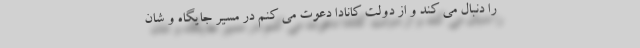
را دنبال می کند و از دولت کانادا دعوت می کنم در مسیر جایگاه و شان